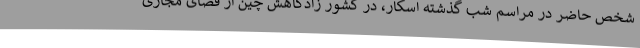
شخص حاضر در مراسم شب گذشته اسکار، در کشور زادگاهش چین از فضای مجازی